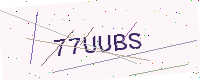
Text: 77UUBS